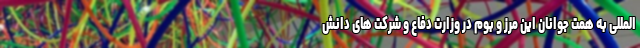
المللی به همت جوانان این مرز و بوم در وزارت دفاع و شرکت های دانش